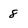
Character: 8